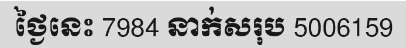
ថ្ងៃនេះ 7984 នាក់សរុប 5006159